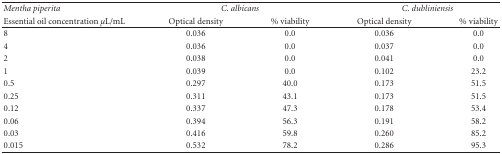
<table><thead><tr><td><b><i>Mentha piperita </i></b></td><td colspan="2"><b><i>C. albicans </i></b></td><td colspan="2"><b><i>C. dubliniensis </i></b></td></tr><tr><td><b>Essential oil concentration <i>μ</i>L/mL</b></td><td><b>Optical density</b></td><td><b>% viability</b></td><td><b>Optical density</b></td><td><b>% viability</b></td></tr></thead><tbody><tr><td>8</td><td>0.036</td><td>0.0</td><td>0.036</td><td>0.0</td></tr><tr><td>4</td><td>0.036</td><td>0.0</td><td>0.037</td><td>0.0</td></tr><tr><td>2</td><td>0.038</td><td>0.0</td><td>0.041</td><td>0.0</td></tr><tr><td>1</td><td>0.039</td><td>0.0</td><td>0.102</td><td>23.2</td></tr><tr><td>0.5</td><td>0.297</td><td>40.0</td><td>0.173</td><td>51.5</td></tr><tr><td>0.25</td><td>0.311</td><td>43.1</td><td>0.173</td><td>51.5</td></tr><tr><td>0.12</td><td>0.337</td><td>47.3</td><td>0.178</td><td>53.4</td></tr><tr><td>0.06</td><td>0.394</td><td>56.3</td><td>0.191</td><td>58.2</td></tr><tr><td>0.03</td><td>0.416</td><td>59.8</td><td>0.260</td><td>85.2</td></tr><tr><td>0.015</td><td>0.532</td><td>78.2</td><td>0.286</td><td>95.3</td></tr></tbody></table>